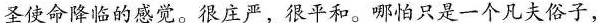
圣使命降临的感觉。很庄严，很平和。哪怕只是一个凡夫俗子，